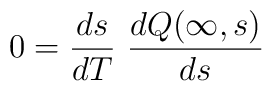
0 =  \frac{ds}{dT} \ \frac{dQ(\infty,s)}{ds}